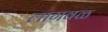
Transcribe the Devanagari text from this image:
लागवळ